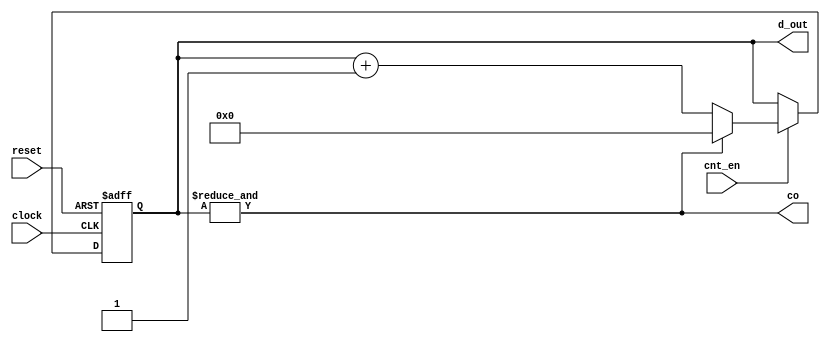
module counter #(parameter length=6)(clock,reset,cnt_en,d_out,co);
input clock,reset,cnt_en;
output reg[length-1:0] d_out;
output co;
always @(posedge clock,posedge reset) begin
    if(reset) begin
        d_out<=0;
    end
    else begin
        if(cnt_en) begin
            if(co) begin
                d_out=6'b0;
            end
            else begin
                d_out=d_out+1;
            end
        end
    end
end
assign co=&(d_out);
endmodule